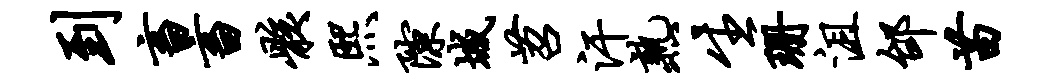
到畜畜骸熙隙城苕汗熟生珊沮邰苗